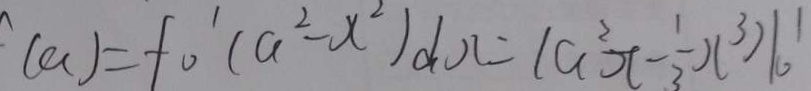
( a ) = f _ { 0 } ^ { \prime } ( a ^ { 2 } - x ^ { 2 } ) d x = ( a ^ { 2 } x - \frac { 1 } { 3 } x ^ { 3 } ) 1 0